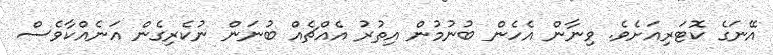
އޭނަގެ ކޮޓަރިއަށެވެ. ވިނާން އެހެން ބުނުމުން އިތުރު އެއްޗެއް ބުނަން ނުކެރިގެން އަނެއްކާވެސް